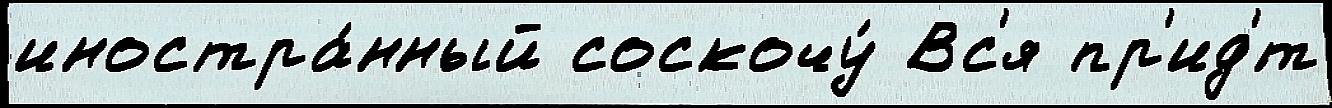
иностра́нный соскочу́ Вс'я пр'ид'́т